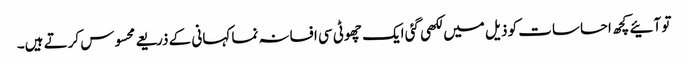
تو آئیے کچھ احساسات کو ذیل میں لکھی گئی ایک چھوٹی سی افسانہ نما کہانی کے ذریعے محسوس کرتے ہیں۔